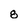
Character: 8